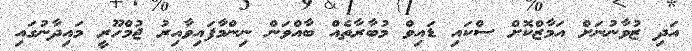
އަދި ޒުވާނުނަށް އަމާޒްކޮށް ސްކައި ޑައިވް މުބާރާތެއް ބާއްވަން ނިންމާފައިވާއިރު ޖުމްހޫރީ މައިދާނުގައި